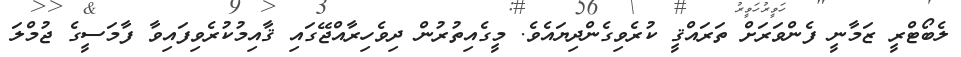
ލެބޯޓްރީ ޒަމާނީ ފެންވަރަށް ތަރައްޤީ ކުރެވިގެންދިޔައެވެ. މީގެއިތުރުން ދިވެހިރާއްޖޭގައި ޤާއިމުކުރެވިފައިވާ ފާމަސީގެ ޖުމްލަ